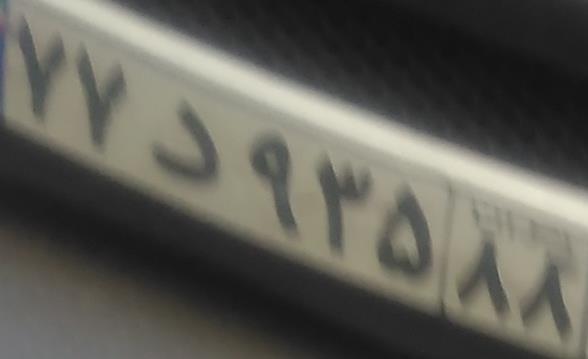
۷۷د۹۳۵۸۸